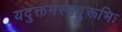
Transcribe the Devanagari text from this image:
यदुक्तमस्मद्गुरूभिः